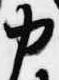
中